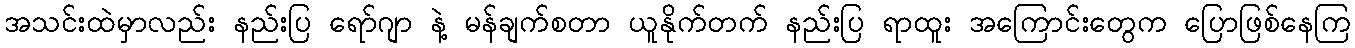
အသင်းထဲမှာလည်း နည်းပြ ရော်ဂျာ နဲ့ မန်ချက်စတာ ယူနိုက်တက် နည်းပြ ရာထူး အကြောင်းတွေက ပြောဖြစ်နေကြ